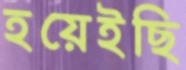
হয়েইছি